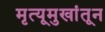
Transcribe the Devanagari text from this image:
मृत्यूमुखांतून